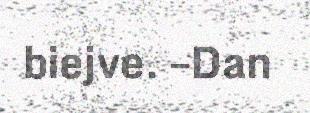
biejve. –Dan